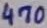
Text: 470